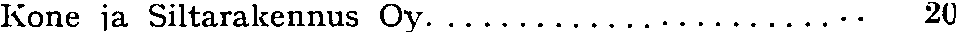
Kone ja Siltarakennus Oy......................... 20